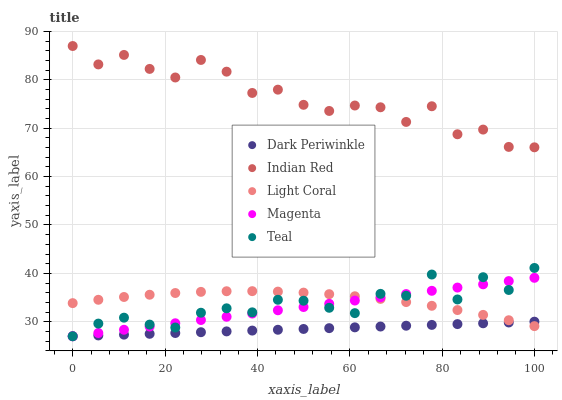
| xaxis_label | Dark Periwinkle | Indian Red | Light Coral | Magenta | Teal |
 | --- | --- | --- | --- | --- | --- |
 | 0 | 27 | 87 | 33.8 | 27 | 27 |
 | 5.56 | 27.2 | 83.2 | 34.5 | 27.7 | 29.6 |
 | 11.1 | 27.3 | 85.2 | 35.1 | 28.3 | 30.8 |
 | 16.7 | 27.5 | 82.3 | 35.6 | 29 | 29.4 |
 | 22.2 | 27.7 | 80.5 | 35.9 | 29.7 | 28.8 |
 | 27.8 | 27.8 | 84.1 | 36.2 | 30.4 | 31.9 |
 | 33.3 | 28 | 81.7 | 36.3 | 31 | 32.8 |
 | 38.9 | 28.2 | 77.3 | 36.3 | 31.7 | 31.9 |
 | 44.4 | 28.3 | 78 | 36.2 | 32.4 | 34.5 |
 | 50 | 28.5 | 74.8 | 36 | 33 | 34.3 |
 | 55.6 | 28.7 | 73.6 | 35.7 | 33.7 | 32.9 |
 | 61.1 | 28.8 | 74.7 | 35.3 | 34.4 | 31.8 |
 | 66.7 | 29 | 74.3 | 34.7 | 35.1 | 35.8 |
 | 72.2 | 29.2 | 71.3 | 34.1 | 35.7 | 35.4 |
 | 77.8 | 29.3 | 74.5 | 33.3 | 36.4 | 39.8 |
 | 83.3 | 29.5 | 68.8 | 32.4 | 37.1 | 34.6 |
 | 88.9 | 29.7 | 69.7 | 31.4 | 37.7 | 39.2 |
 | 94.4 | 29.8 | 66.1 | 30.3 | 38.4 | 36.6 |
 | 100 | 30 | 66.1 | 29.1 | 39.1 | 41.1 |